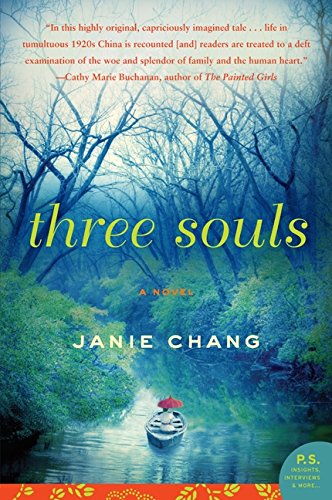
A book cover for Three Souls: A Novel (P.S.); Janie Chang; Literature & Fiction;